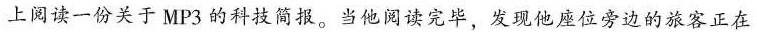
上阅读一份关于MP3的科技简报。当他阅读完毕，发现他座位旁边的旅客正在